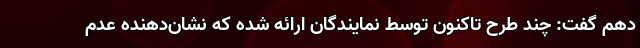
دهم گفت: چند طرح تاکنون توسط نمایندگان ارائه شده که نشان‌دهنده عدم